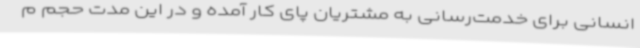
انسانی برای خدمت‌رسانی به مشتریان پای کار آمده و در این مدت حجم م